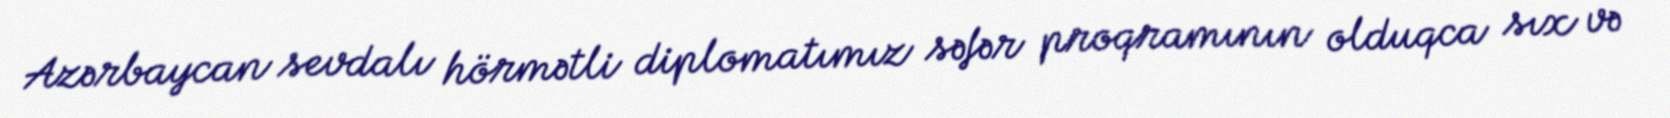
Azərbaycan sevdalı hörmətli diplomatımız səfər proqramının olduqca sıx və